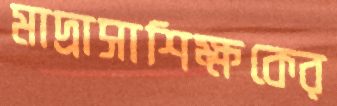
মাদ্রাসাশিক্ষকের